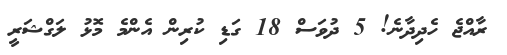
ރާއްޖެ ހެދިދާނެ! 5 ދުވަސް 18 ގަޑި ކުރިން އެންމެ މޮޅު ލަގްޝަރީ